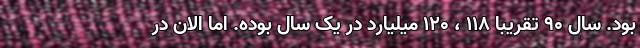
بود. سال 90 تقریباً 118 ، 120 میلیارد در یک سال بوده. اما الان در